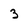
Character: 3